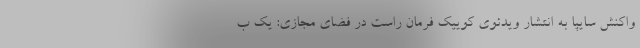
واکنش سایپا به انتشار ویدئوی کوییک فرمان راست در فضای مجازی: یک ب